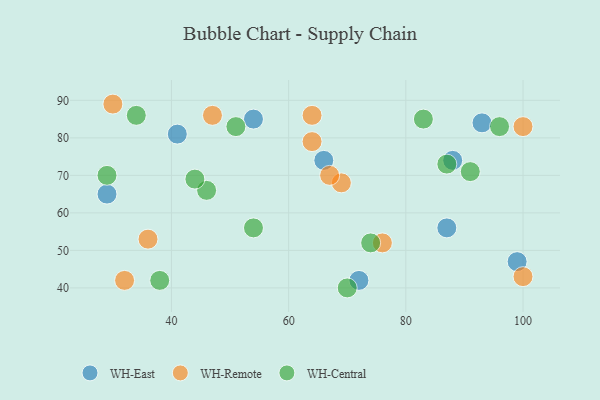
{"axis": {"x": "GDP", "y": "Life Expectancy"}, "legend": ["WH-Central", "WH-East", "WH-Remote"], "data": [{"x": "41", "y": 81, "type": "WH-East"}, {"x": "99", "y": 47, "type": "WH-East"}, {"x": "93", "y": 84, "type": "WH-East"}, {"x": "54", "y": 85, "type": "WH-East"}, {"x": "72", "y": 42, "type": "WH-East"}, {"x": "66", "y": 74, "type": "WH-East"}, {"x": "29", "y": 65, "type": "WH-East"}, {"x": "87", "y": 56, "type": "WH-East"}, {"x": "88", "y": 74, "type": "WH-East"}, {"x": "36", "y": 53, "type": "WH-Remote"}, {"x": "100", "y": 83, "type": "WH-Remote"}, {"x": "69", "y": 68, "type": "WH-Remote"}, {"x": "64", "y": 86, "type": "WH-Remote"}, {"x": "100", "y": 43, "type": "WH-Remote"}, {"x": "76", "y": 52, "type": "WH-Remote"}, {"x": "30", "y": 89, "type": "WH-Remote"}, {"x": "64", "y": 79, "type": "WH-Remote"}, {"x": "32", "y": 42, "type": "WH-Remote"}, {"x": "67", "y": 70, "type": "WH-Remote"}, {"x": "47", "y": 86, "type": "WH-Remote"}, {"x": "29", "y": 70, "type": "WH-Central"}, {"x": "96", "y": 83, "type": "WH-Central"}, {"x": "38", "y": 42, "type": "WH-Central"}, {"x": "46", "y": 66, "type": "WH-Central"}, {"x": "51", "y": 83, "type": "WH-Central"}, {"x": "34", "y": 86, "type": "WH-Central"}, {"x": "54", "y": 56, "type": "WH-Central"}, {"x": "83", "y": 85, "type": "WH-Central"}, {"x": "87", "y": 73, "type": "WH-Central"}, {"x": "70", "y": 40, "type": "WH-Central"}, {"x": "74", "y": 52, "type": "WH-Central"}, {"x": "44", "y": 69, "type": "WH-Central"}, {"x": "91", "y": 71, "type": "WH-Central"}]}